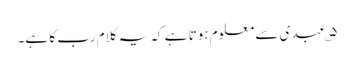
۵؎ عبدی سے معلوم ہوتا ہے کہ یہ کلام رب کا ہے۔